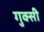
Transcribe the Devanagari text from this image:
गुक्सी